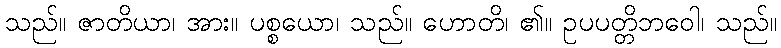
သည်။ ဇာတိယာ၊ အား။ ပစ္စယော၊ သည်။ ဟောတိ၊ ၏။ ဥပပတ္တိဘဝေါ၊ သည်။